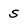
Character: S